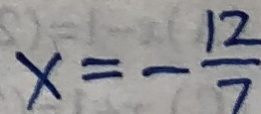
x = - \frac { 1 2 } { 7 }